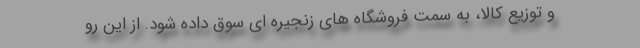
و توزیع کالا، به سمت فروشگاه های زنجیره ای سوق داده شود. از این رو